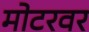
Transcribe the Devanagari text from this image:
मोटरवर